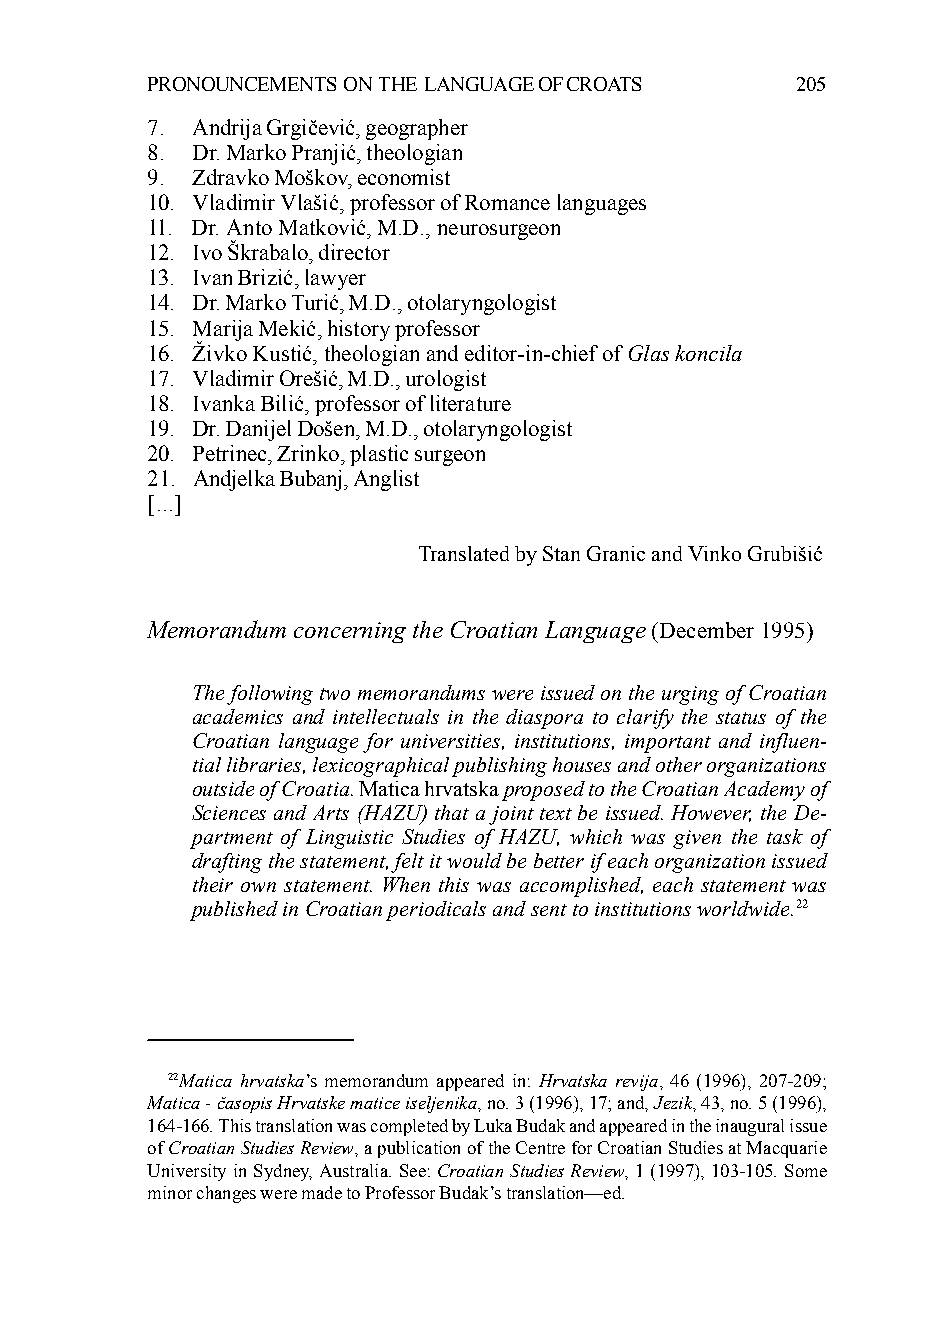
PRONOUNCEMENTS ON THE LANGUAGE OF CROATS   205
 7. Andrija Grgičević, geographer
 8. Dr. Marko Pranjić, theologian
 9. Zdravko Moškov, economist
 10. Vladimir Vlašić, professor of Romance languages
 11. Dr. Anto Matković, M.D., neurosurgeon
 12. Ivo Škrabalo, director
 13. Ivan Brizić, lawyer
 14. Dr. Marko Turić, M.D., otolaryngologist
 15. Marija Mekić, history professor
 16. Živko Kustić, theologian and editor-in-chief of Glas koncila
 17. Vladimir Orešić, M.D., urologist
 18. Ivanka Bilić, professor of literature
 19. Dr. Danijel Došen, M.D., otolaryngologist
 20. Petrinec, Zrinko, plastic surgeon
 21. Andjelka Bubanj, Anglist
 [...]
 Translated by Stan Granic and Vinko Grubišić
 Memorandum concerning the Croatian Language (December 1995)
 The following two memorandums were issued on the urging of Croatian
 academics and intellectuals in the diaspora to clarify the status of the
 Croatian language for universities, institutions, important and influen-
 tial libraries, lexicographical publishing houses and other organizations
 outside of Croatia. Matica hrvatska proposed to the Croatian Academy of
 Sciences and Arts (HAZU) that a joint text be issued. However, the De-
 partment of Linguistic Studies of HAZU, which was given the task of
 drafting the statement, felt it would be better if each organization issued
 their own statement. When this was accomplished, each statement was
 published in Croatian periodicals and sent to institutions worldwide.22
 22Matica hrvatska’s memorandum appeared in: Hrvatska revija, 46 (1996), 207-209;
 Matica - časopis Hrvatske matice iseljenika, no. 3 (1996), 17; and, Jezik, 43, no. 5 (1996),
 164-166. This translation was completed by Luka Budak and appeared in the inaugural issue
 of Croatian Studies Review, a publication of the Centre for Croatian Studies at Macquarie
 University in Sydney, Australia. See: Croatian Studies Review, 1 (1997), 103-105. Some
 minor changes were made to Professor Budak’s translation—ed.